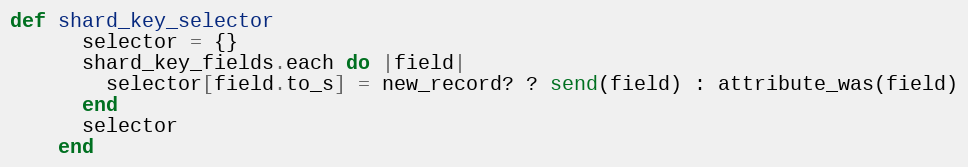
Language: Ruby
def shard_key_selector
      selector = {}
      shard_key_fields.each do |field|
        selector[field.to_s] = new_record? ? send(field) : attribute_was(field)
      end
      selector
    end